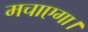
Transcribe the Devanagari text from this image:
मचाएगा।